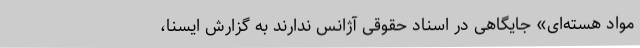
مواد هسته‌ای» جایگاهی در اسناد حقوقی آژانس ندارند به گزارش ایسنا،